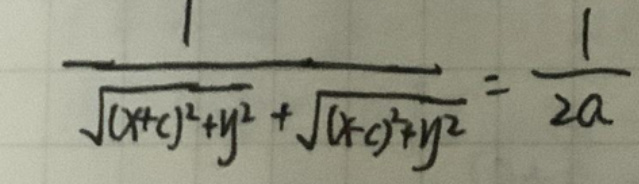
\(\frac{1}{\sqrt{(x + c)^2 + y^2} + \sqrt{(x - c)^2 + y^2}} = \frac{1}{2a}\)